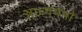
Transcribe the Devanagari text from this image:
आध्ययनों